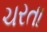
ચરતા